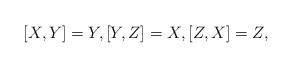
\begin{align*} [X,Y] = Y, [Y,Z] = X, [Z,X] = Z,\end{align*}